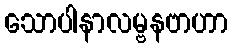
သောပါနာလမ္ဗနဗာဟာ